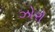
ઝોરો